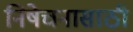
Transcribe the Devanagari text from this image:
निषेचनासाठी